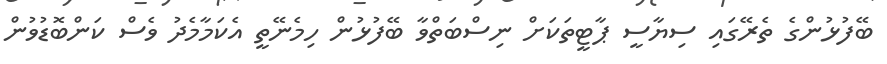
ބޭފުޅުންގެ ތެރޭގައި ސިޔާސީ ޕާޓީތަކަށް ނިސްބަތްވާ ބޭފުޅުން ހިމެނޭތީ އެކަމާމެދު ވެސް ކަންބޮޑުވުން